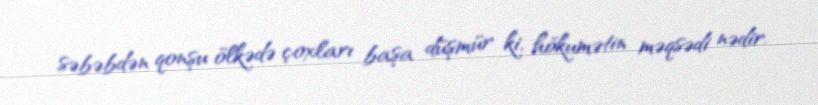
səbəbdən qonşu ölkədə çoxları başa düşmür ki, hökumətin məqsədi nədir.